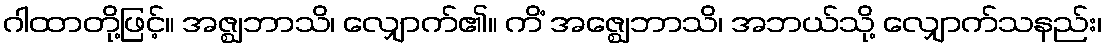
ဂါထာတို့ဖြင့်။ အဇ္ဈဘာသိ၊ လျှောက်၏။ ကိံ အဇ္ဈေဘာသိ၊ အဘယ်သို့ လျှောက်သနည်း၊